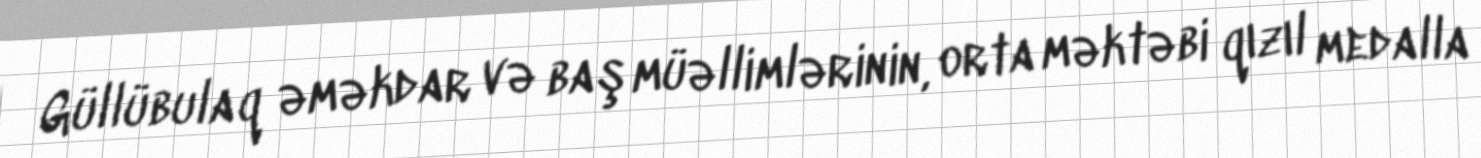
Güllübulaq əməkdar və baş müəllimlərinin, orta məktəbi qızıl medalla